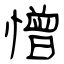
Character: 憎